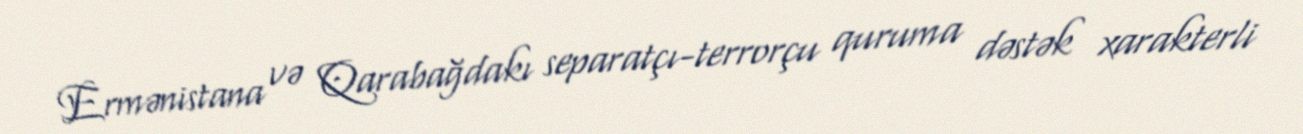
Ermənistana və Qarabağdakı separatçı-terrorçu quruma dəstək xarakterli